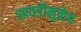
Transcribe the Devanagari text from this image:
आवडीमुळेच